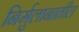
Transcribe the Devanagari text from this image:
निर्मुलानातील